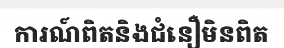
ការណ៍ពិតនិងជំនឿមិនពិត